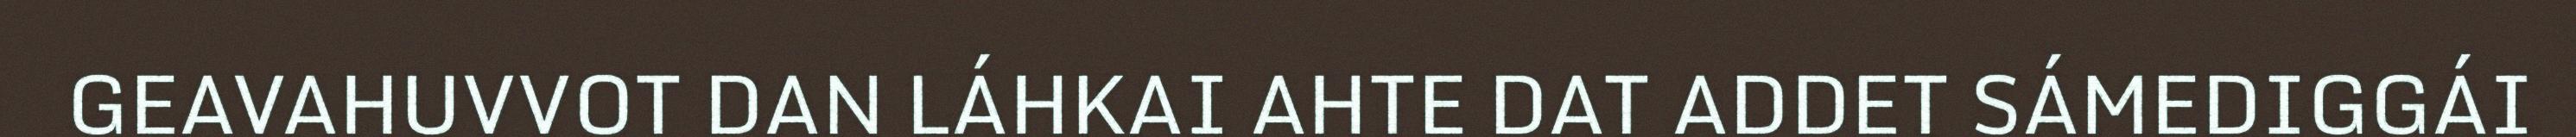
GEAVAHUVVOT DAN LÁHKAI AHTE DAT ADDET SÁMEDIGGÁI